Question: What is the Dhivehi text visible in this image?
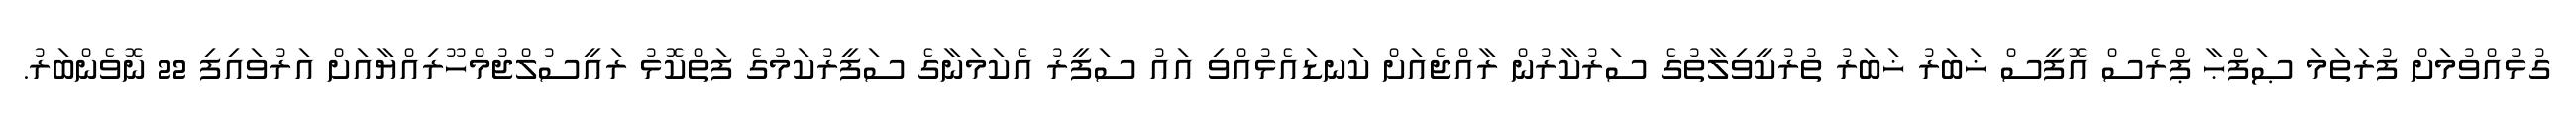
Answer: ގުޅުއްވުމަށް ފުރަތަމަ ޞަފްޙާ ޕްރެސް އޮފީސް ޚަބަރު ޚަބަރު ތުރުކީވިލާތުގެ ސަރުކާރުން ރާއްޖެއަށް ކަނޑައެޅުއްވި އައު ސަފީރު އެކަމަނާގެ ސަފީރުކަމުގެ ފަތްކޮޅު ރައީސުލްޖުމްހޫރިއްޔާއަށް އަރުވައިފި 22 ނޮވެންބަރު.